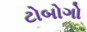
ટોબોગો